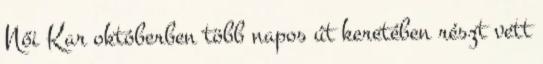
Női Kar októberben több napos út keretében részt vett